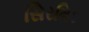
સિરમિક